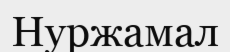
Нуржамал